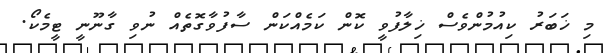
މި ޚަބަރު ކިއުމުންވެސް ޚިލާފުވީ ކޮން ކަމެއްކަން ސާފުވާގޮތެއް ނުވި ގާނޫނީ ޓީމެކޯ.